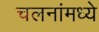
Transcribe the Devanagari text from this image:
चलनांमध्ये